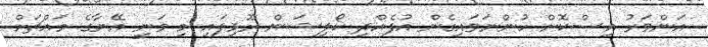
އަންވަރު އިސްކޮށް ހުންނަވައިގެން އުފެއްދި ކޯލިޝަން ރޫޅިފައި މި ވަނީ އޭނާގެ މައްޗަށް